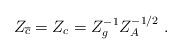
LaTeX: \begin{align*}Z_{\overline{c}}=Z_{c}=Z_{g}^{-1}Z_{A}^{-1/2}\;. \end{align*}